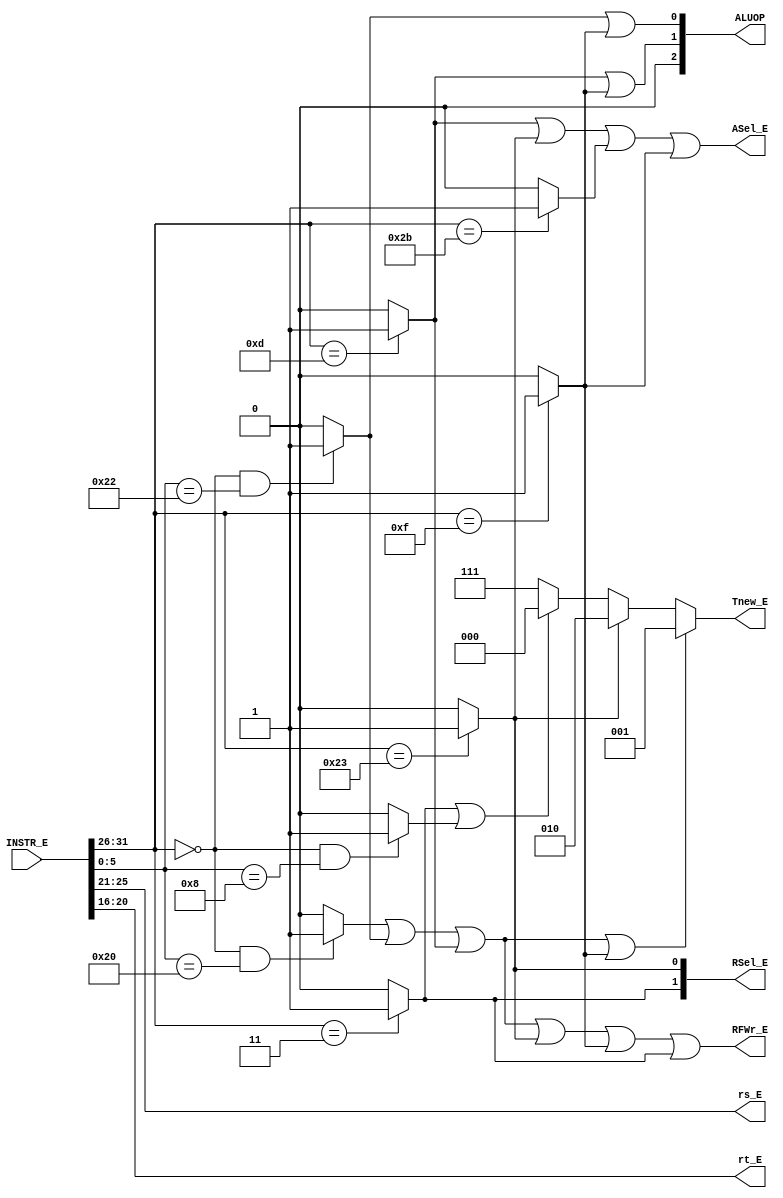
`timescale 1ns / 1ps
//////////////////////////////////////////////////////////////////////////////////
// Company: 
// Engineer: 
// 
// Design Name: 
// Module Name:    E_CONTROLLER 
// Project Name: 
// Target Devices: 
// Tool versions: 
// Description: 
//
// Dependencies: 
//
// Revision: 
// Revision 0.01 - File Created
// Additional Comments: 
//
//////////////////////////////////////////////////////////////////////////////////
module E_CONTROLLER(
    input [31:0] INSTR_E,
    output ASel_E,
    output [2:0] ALUOP,
    output [4:0] rs_E,
    output [4:0] rt_E,
    output RFWr_E,
	 output [2:0] Tnew_E,
	 output [1:0] RSel_E
	 //output load
    );

wire [5:0] opcode;
wire [5:0] func;

assign opcode = INSTR_E[31:26];
assign func = INSTR_E[5:0];

assign add = (opcode == 6'b000000 && func == 6'b100000)? 1 : 0;
assign sub = (opcode == 6'b000000 && func == 6'b100010)? 1 : 0;
assign ori = (opcode == 6'b001101)? 1 : 0;
assign lw = (opcode == 6'b100011)? 1 : 0;
assign sw = (opcode == 6'b101011)? 1 : 0;
assign beq = (opcode == 6'b000100)? 1 : 0;
assign lui = (opcode == 6'b001111)? 1 : 0;
assign jal = (opcode == 6'b000011)? 1 : 0;
assign jr = (opcode == 6'b000000 && func == 6'b001000)? 1 : 0;

assign ASel_E = ori | lw | sw | lui;

assign ALUOP[0] = sub | lui;
assign ALUOP[1] = ori | lui;
assign ALUOP[2] = 0;

assign rs_E = INSTR_E [25:21];
assign rt_E = INSTR_E [20:16];

assign RFWr_E = add | sub | ori | lw | lui | jal;
assign Tnew_E = (add | sub | ori | lui == 1) ? 3'b001 :
				  (lw == 1) ? 3'b010 :
				  (jal | jr == 1) ? 3'b000 :
				  3'b111;
				 
assign RSel_E[0] = lw;
assign RSel_E[1] = jal; 

//assign load = lw;

endmodule